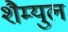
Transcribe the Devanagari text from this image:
शैम्युल